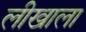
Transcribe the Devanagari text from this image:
लीखाला